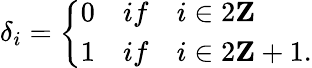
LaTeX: \delta_{i}=\left\{ \begin{array}{ll}{{0}}&{{if\quad i\in 2{\mathbf Z}}}\\ {{1}}&{{if\quad i\in 2{\mathbf Z}+1.}}\end{array}\right.